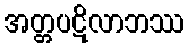
အတ္တပဋိလာဘဿ